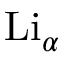
\mathrm { L i } _ { \alpha }